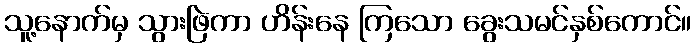
သူ့နောက်မှ သွားဖြဲကာ ဟိန်းနေ ကြသော ခွေးသမင်နှစ်ကောင်။